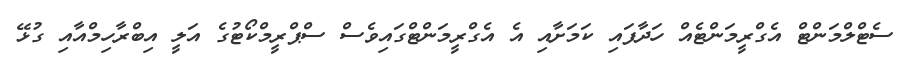
ސެޓްލްމަންޓް އެގްރީމަންޓެއް ހަދާފައި ކަމަށާއި އެ އެގްރީމަންޓްގައިވެސް ސްޕްރީމްކޯޓުގެ އަލީ އިބްރާހިމްއާއި ގުޅޭ